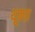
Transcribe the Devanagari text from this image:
थूक्‍पा